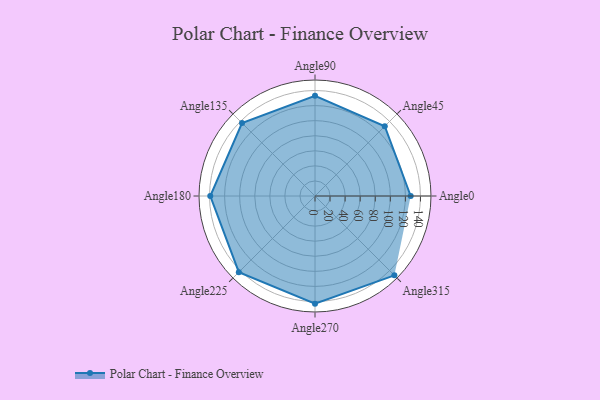
{"axis": {"x": "Angle", "y": "Radius"}, "legend": [""], "data": [{"x": "Angle0", "y": 127.0, "type": ""}, {"x": "Angle45", "y": 131.0, "type": ""}, {"x": "Angle90", "y": 133.0, "type": ""}, {"x": "Angle135", "y": 137.0, "type": ""}, {"x": "Angle180", "y": 139.0, "type": ""}, {"x": "Angle225", "y": 143.0, "type": ""}, {"x": "Angle270", "y": 143.0, "type": ""}, {"x": "Angle315", "y": 149.0, "type": ""}]}